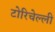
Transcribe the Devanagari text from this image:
टोरिचेल्ली